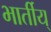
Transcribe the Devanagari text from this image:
भार्तीय्